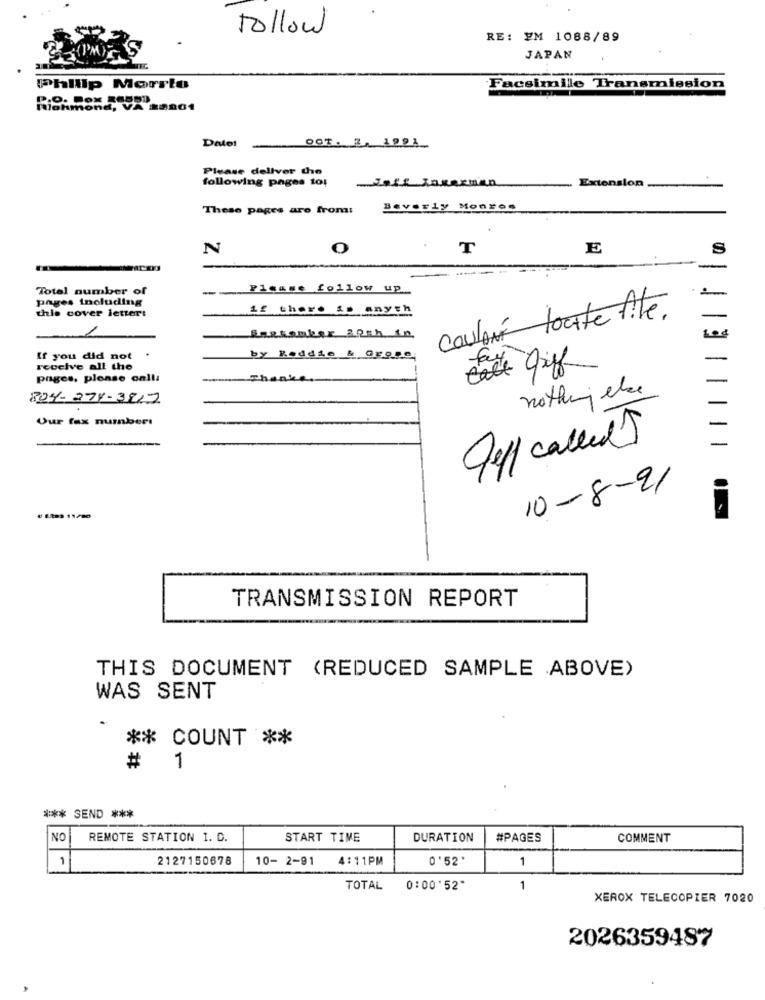
follow
RE: YM 1088/89
JAPAN
Phillip Morrto
Facsimile Transmission
Date!
OCT. 3, 1991
Please deliver the
following pages to:
Jeff Intexman
Extension
These pages are from:
Beverly Monzes
N
O
T
E
S
Total number of
---
Please follow up
pages including
if there is anyth
couloir toute file.
this cover letter:
1
If you did not
by Reddie & Grope
receive all the
fay
Call griff
pages, plonse oalla
Thanks.
804-278-3812
nothing else
Our fax numbers
Jeff called)
10-8-91
€ 1223 11/20
TRANSMISSION REPORT
THIS DOCUMENT (REDUCED SAMPLE ABOVE)
WAS SENT
** COUNT **
#
1
*** SEND ***
NO
REMOTE STATION 1. D.
START TIME
DURATION
#PAGES
COMMENT
1
2127150678
10- 2-91
4:11PM
0'52
1
TOTAL
0:00'52*
1
XEROX TELECOPIER 7020
2026359487